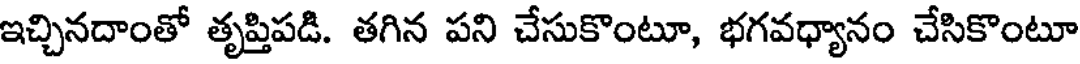
ఇచ్చినదాంతో తృప్తిపడి. తగిన పని చేసుకొంటూ, భగవధ్యానం చేసికొంటూ